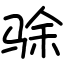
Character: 𬳿